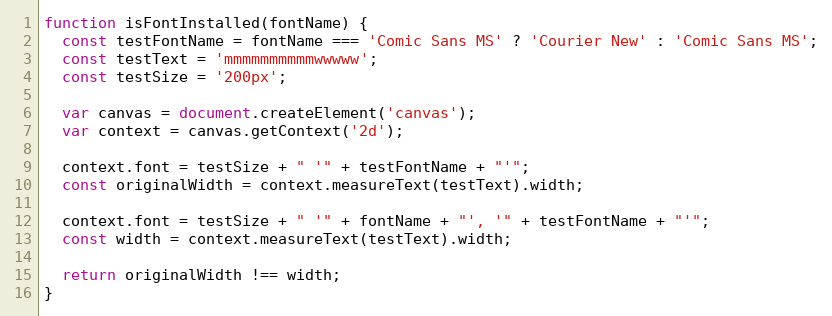
Language: JavaScript
function isFontInstalled(fontName) {
  const testFontName = fontName === 'Comic Sans MS' ? 'Courier New' : 'Comic Sans MS';
  const testText = 'mmmmmmmmmmwwwww';
  const testSize = '200px';

  var canvas = document.createElement('canvas');
  var context = canvas.getContext('2d');

  context.font = testSize + " '" + testFontName + "'";
  const originalWidth = context.measureText(testText).width;

  context.font = testSize + " '" + fontName + "', '" + testFontName + "'";
  const width = context.measureText(testText).width;

  return originalWidth !== width;
}